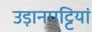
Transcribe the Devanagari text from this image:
उड़ानपट्टियां